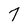
Character: 7